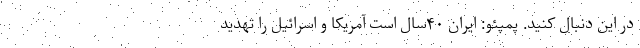
در این دنبال کنید. پمپئو: ایران ۴۰سال است آمریکا و اسرائیل را تهدید